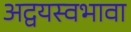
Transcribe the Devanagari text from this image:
अद्वयस्वभावा